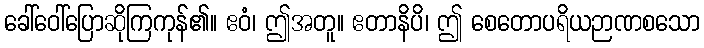
ခေါ်ဝေါ်ပြောဆိုကြကုန်၏။ ဧဝံ၊ ဤအတူ။ ဧတာနိပိ၊ ဤ စေတောပရိယဉာဏစသော